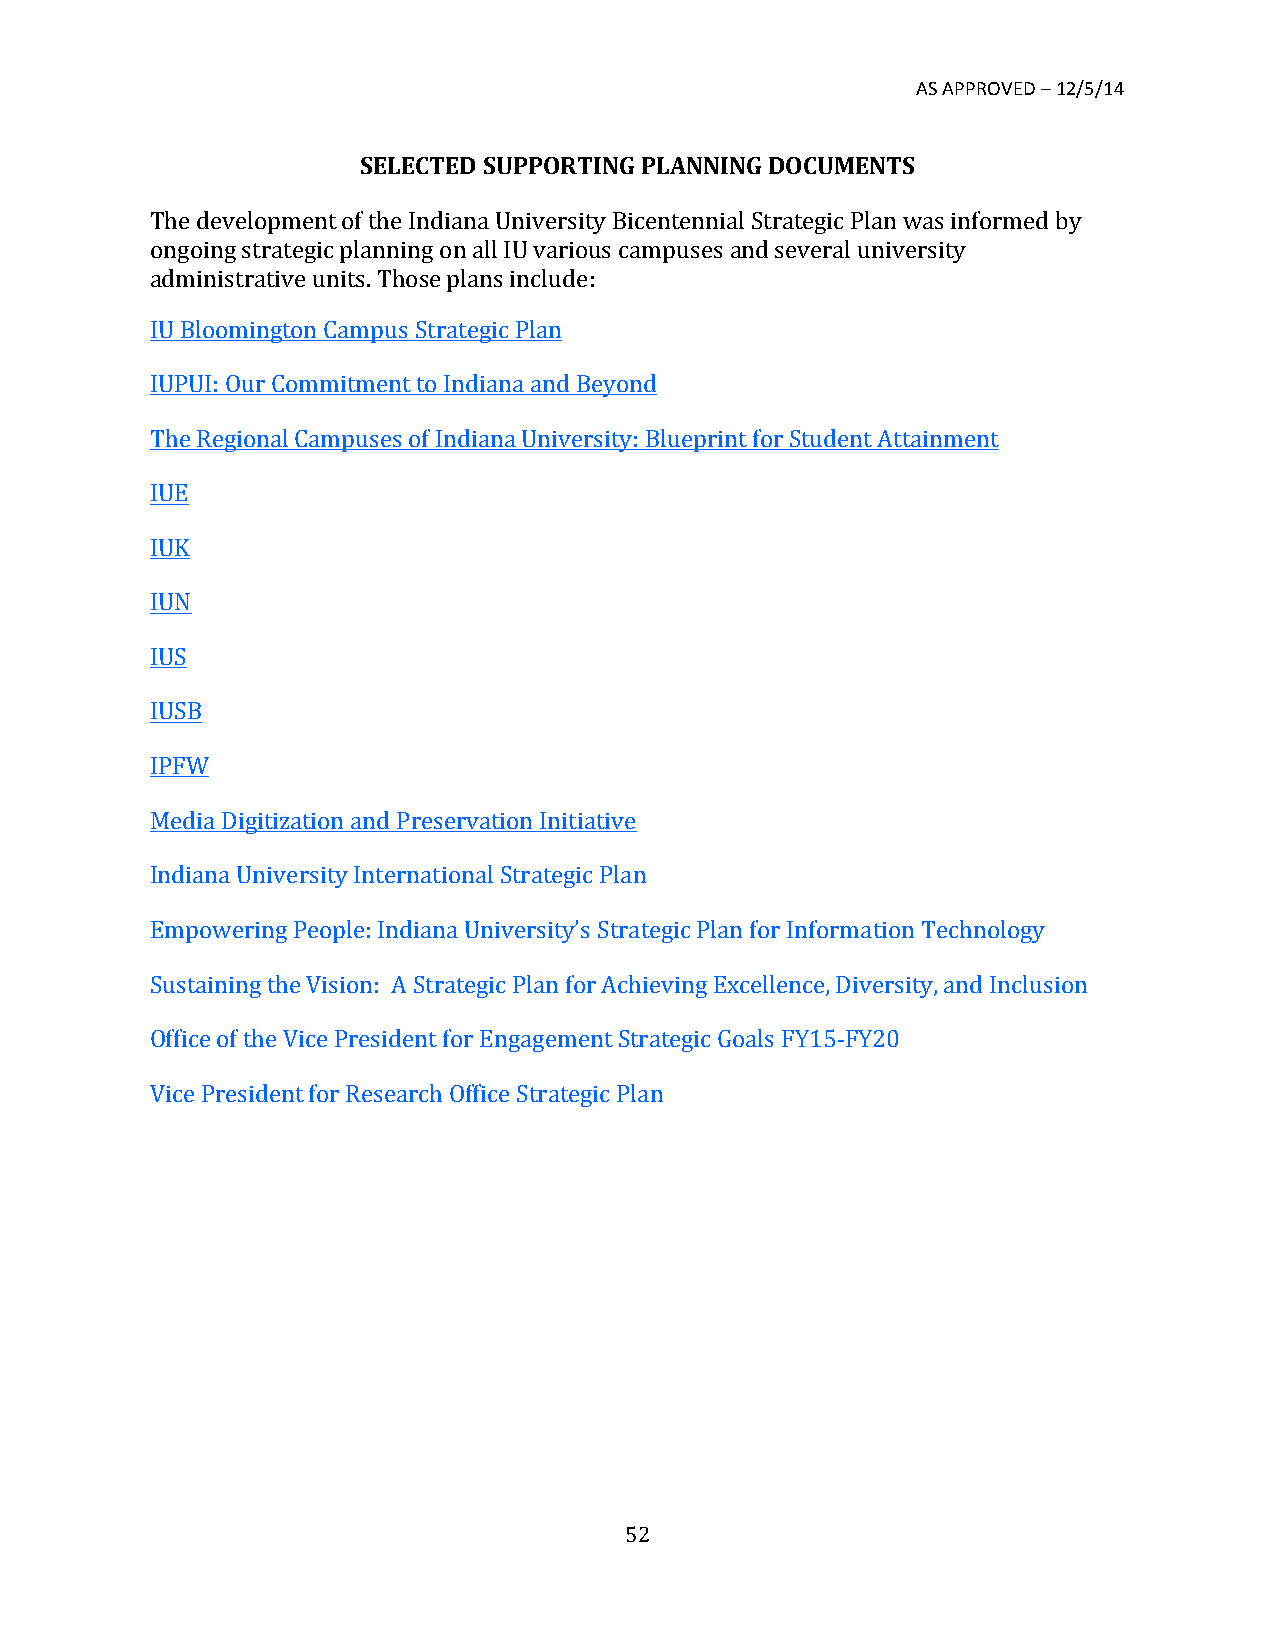
AS APPROVED – 12/5/14
 SELECTED SUPPORTING PLANNING DOCUMENTS
 The development of the Indiana University Bicentennial Strategic Plan was informed by
 ongoing strategic planning on all IU various campuses and several university
 administrative units. Those plans include:
 IU Bloomington Campus Strategic Plan
 IUPUI: Our Commitment to Indiana and Beyond
 The Regional Campuses of Indiana University: Blueprint for Student Attainment
 IUE
 IUK
 IUN
 IUS
 IUSB
 IPFW
 Media Digitization and Preservation Initiative
 Indiana University International Strategic Plan
 Empowering People: Indiana University’s Strategic Plan for Information Technology
 Sustaining the Vision: A Strategic Plan for Achieving Excellence, Diversity, and Inclusion
 Office of the Vice President for Engagement Strategic Goals FY15-­‐FY20
 Vice President for Research Office Strategic Plan
 52